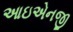
આઇએનજી